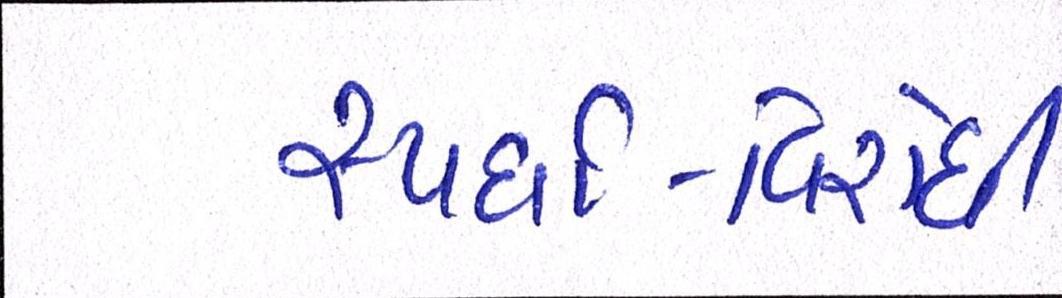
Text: સ્પર્ધા-વિરોધી